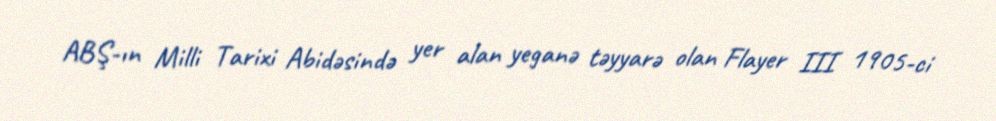
ABŞ-ın Milli Tarixi Abidəsində yer alan yeganə təyyarə olan Flayer III 1905-ci